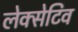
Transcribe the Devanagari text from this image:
लेक्सेटिव